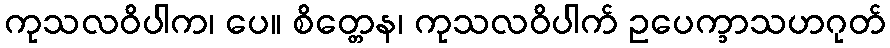
ကုသလဝိပါက၊ ပေ။ စိတ္တေန၊ ကုသလဝိပါက် ဥပေက္ခာသဟဂုတ်